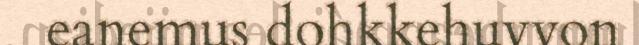
eanemus dohkkehuvvon